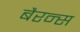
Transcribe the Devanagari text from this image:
बैरन्स